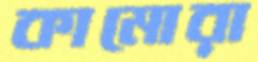
কামোরা